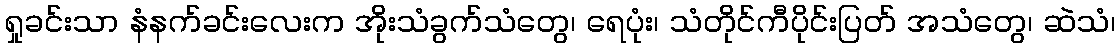
ရှုခင်းသာ နံနက်ခင်းလေးက အိုးသံခွက်သံတွေ၊ ရေပုံး၊ သံတိုင်ကီပိုင်းပြတ် အသံတွေ၊ ဆဲသံ၊